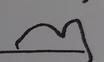
Signature authenticity: forged